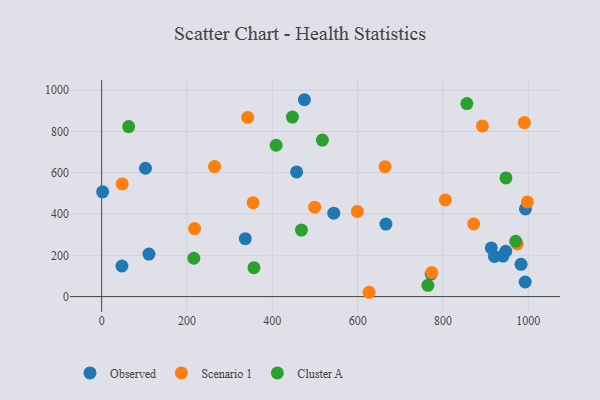
{"axis": {"x": "Price", "y": "Rating"}, "legend": ["Cluster A", "Observed", "Scenario 1"], "data": [{"x": "993.3", "y": 424.6, "type": "Observed"}, {"x": "2.3", "y": 507.4, "type": "Observed"}, {"x": "544.0", "y": 404.3, "type": "Observed"}, {"x": "920.6", "y": 194.4, "type": "Observed"}, {"x": "947.1", "y": 219.6, "type": "Observed"}, {"x": "110.8", "y": 206.0, "type": "Observed"}, {"x": "666.3", "y": 351.4, "type": "Observed"}, {"x": "457.0", "y": 603.8, "type": "Observed"}, {"x": "940.5", "y": 196.1, "type": "Observed"}, {"x": "772.4", "y": 109.5, "type": "Observed"}, {"x": "913.3", "y": 235.6, "type": "Observed"}, {"x": "336.6", "y": 280.6, "type": "Observed"}, {"x": "102.7", "y": 621.9, "type": "Observed"}, {"x": "475.2", "y": 953.8, "type": "Observed"}, {"x": "982.9", "y": 156.3, "type": "Observed"}, {"x": "992.6", "y": 70.8, "type": "Observed"}, {"x": "47.5", "y": 148.3, "type": "Observed"}, {"x": "599.3", "y": 412.6, "type": "Scenario 1"}, {"x": "892.4", "y": 827.1, "type": "Scenario 1"}, {"x": "217.9", "y": 329.5, "type": "Scenario 1"}, {"x": "664.2", "y": 629.6, "type": "Scenario 1"}, {"x": "805.5", "y": 468.3, "type": "Scenario 1"}, {"x": "974.0", "y": 254.9, "type": "Scenario 1"}, {"x": "997.8", "y": 458.5, "type": "Scenario 1"}, {"x": "872.0", "y": 351.8, "type": "Scenario 1"}, {"x": "354.9", "y": 454.8, "type": "Scenario 1"}, {"x": "48.1", "y": 545.8, "type": "Scenario 1"}, {"x": "499.3", "y": 433.3, "type": "Scenario 1"}, {"x": "990.7", "y": 842.9, "type": "Scenario 1"}, {"x": "626.7", "y": 20.9, "type": "Scenario 1"}, {"x": "773.7", "y": 116.6, "type": "Scenario 1"}, {"x": "264.7", "y": 630.1, "type": "Scenario 1"}, {"x": "342.2", "y": 867.9, "type": "Scenario 1"}, {"x": "409.0", "y": 733.3, "type": "Cluster A"}, {"x": "447.2", "y": 869.6, "type": "Cluster A"}, {"x": "517.4", "y": 758.2, "type": "Cluster A"}, {"x": "468.3", "y": 322.2, "type": "Cluster A"}, {"x": "357.0", "y": 140.2, "type": "Cluster A"}, {"x": "947.6", "y": 575.0, "type": "Cluster A"}, {"x": "216.1", "y": 185.8, "type": "Cluster A"}, {"x": "856.0", "y": 935.0, "type": "Cluster A"}, {"x": "764.6", "y": 54.7, "type": "Cluster A"}, {"x": "970.4", "y": 268.0, "type": "Cluster A"}, {"x": "63.4", "y": 823.6, "type": "Cluster A"}]}